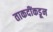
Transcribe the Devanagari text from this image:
ताकदींकडून